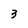
Character: 3